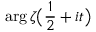
\arg { \zeta { \bigl ( } { \frac { 1 } { 2 } } + i t { \bigr ) } }